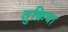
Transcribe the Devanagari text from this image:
तुक्रिया